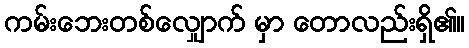
ကမ်းဘေးတစ်လျှောက် မှာ တောလည်းရှိ၏။